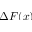
\Delta F ( x )